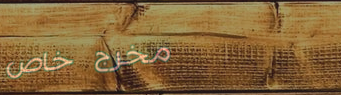
مخرج خاص